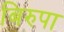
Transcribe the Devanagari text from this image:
बिरुपा